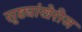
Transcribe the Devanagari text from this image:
सृष्ट्यांखेरीज